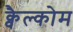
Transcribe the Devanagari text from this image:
क्वैल्कोम